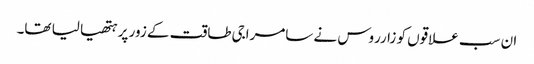
ان سب علاقوں کو زارروس نے سامراجی طاقت کے زور پر ہتھیا لیا تھا۔